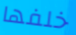
خلفها